King Institute of Preventive Medicine Micro-Biological Section reports 1912-19
Year: 1912
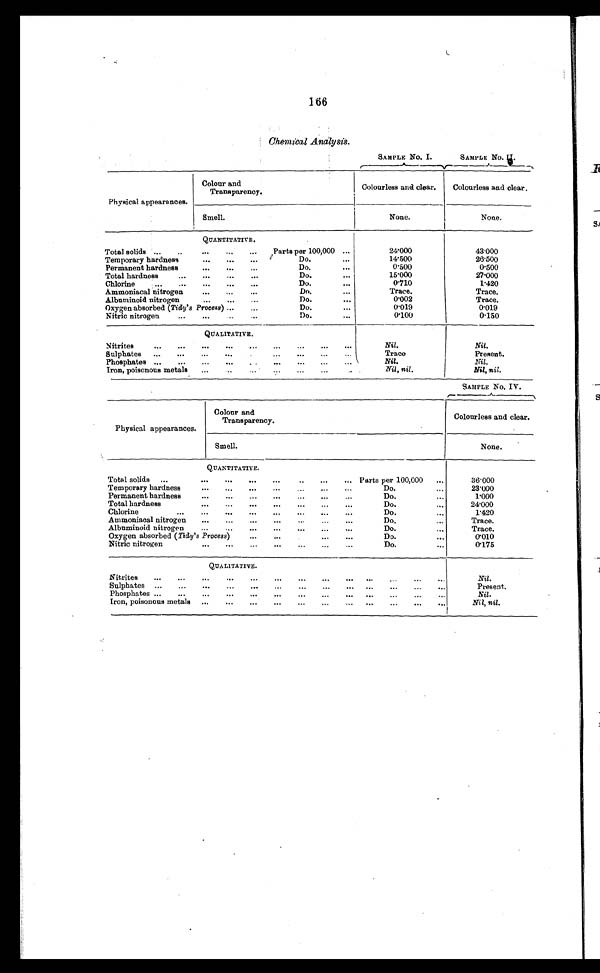
166
Chemical Analysis.
SAMPLE No. I.
SAMPLE No. II.
Physical appearances.
Colour and
Transparency.
Colourless and clear.
Colourless and clear.
Smell.
None.
None.
QUANTITATIVE.
Total solids ...
..
...
...
...
Parts per 100,000 ...
24.000
4 3 . 0 0 0
Temporary hardness
...
...
...
Do.
...
14.500
26.500
Permanent hardness
...
...
...
Do.
...
0.500
0.500
Total hardness
...
...
...
...
Do.
. . .
15.000
27.000
Chlorine...
D o
0.710
1.420
Ammoniacal nitrogen
...
...
...
Do.
Trace.
Trace.
Albuminoid nitrogen
...
...
...
Do.
...
0.002
Trace.
Oxygen absorbed (Tidy's Process) ...
...
Do.
...
0.019
0.019
Nitric nitrogen
...
...
...
Do.
...
0.100
0.150
QUALITATIVE.
Nitrites
...
...
...
. . .
Nil.
Nil.
Sulphates
...
...
...
...
...
...
Trace
Present.
Phosphates ...
...
...
...
. .
Nil.
Nil .
Iron, poisonous metals
...
. . .
. . .
. .
Nil, nil.
Nil, nil.
SAMPLE No. IV.
Physical appearances.
Colour and
Transparency.
Colourless and clear.
Smell.
None.
QUANTITATIVE.
Total solids
...
...
...
...
..
...
... Parts per 100,000
...
36.000
Temporary hardness
...
...
...
...
Do....
23.000
Permanent hardness
...
...
...
...
...
Do.
...
1.000
Total hardness
...
...
...
...
...
Do
24.000
Chlorine
...
...
...
...
...
Do.
...
1.420
Ammoniacal nitrogen
...
...
...
...
...
Do.
...
Trace.
Albuminoid nitrogen
...
...
...
...
...
..
Do....
T r a c e
Oxygen absorbed ( Tidy's Process) ...
...
..
Do.
...
0.010
Nitric nitrogen
...
...
...
...
...
...
Do.
...
0.175
QUALITATIVE.
Nitrites
...
...
...
...
...
...
...
Nil.
Sulphates ...
...
...
...
...
...
...
Present.
Phosphates ...
...
...
...
...
...
...
...
...
...
Nil.
Iron, poisonous metals...
...
...
...
...
Nil, nil.